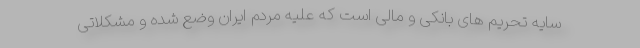
سایه تحریم های بانکی و مالی است که علیه مردم ایران وضع شده و مشکلاتی